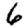
Digit: 6